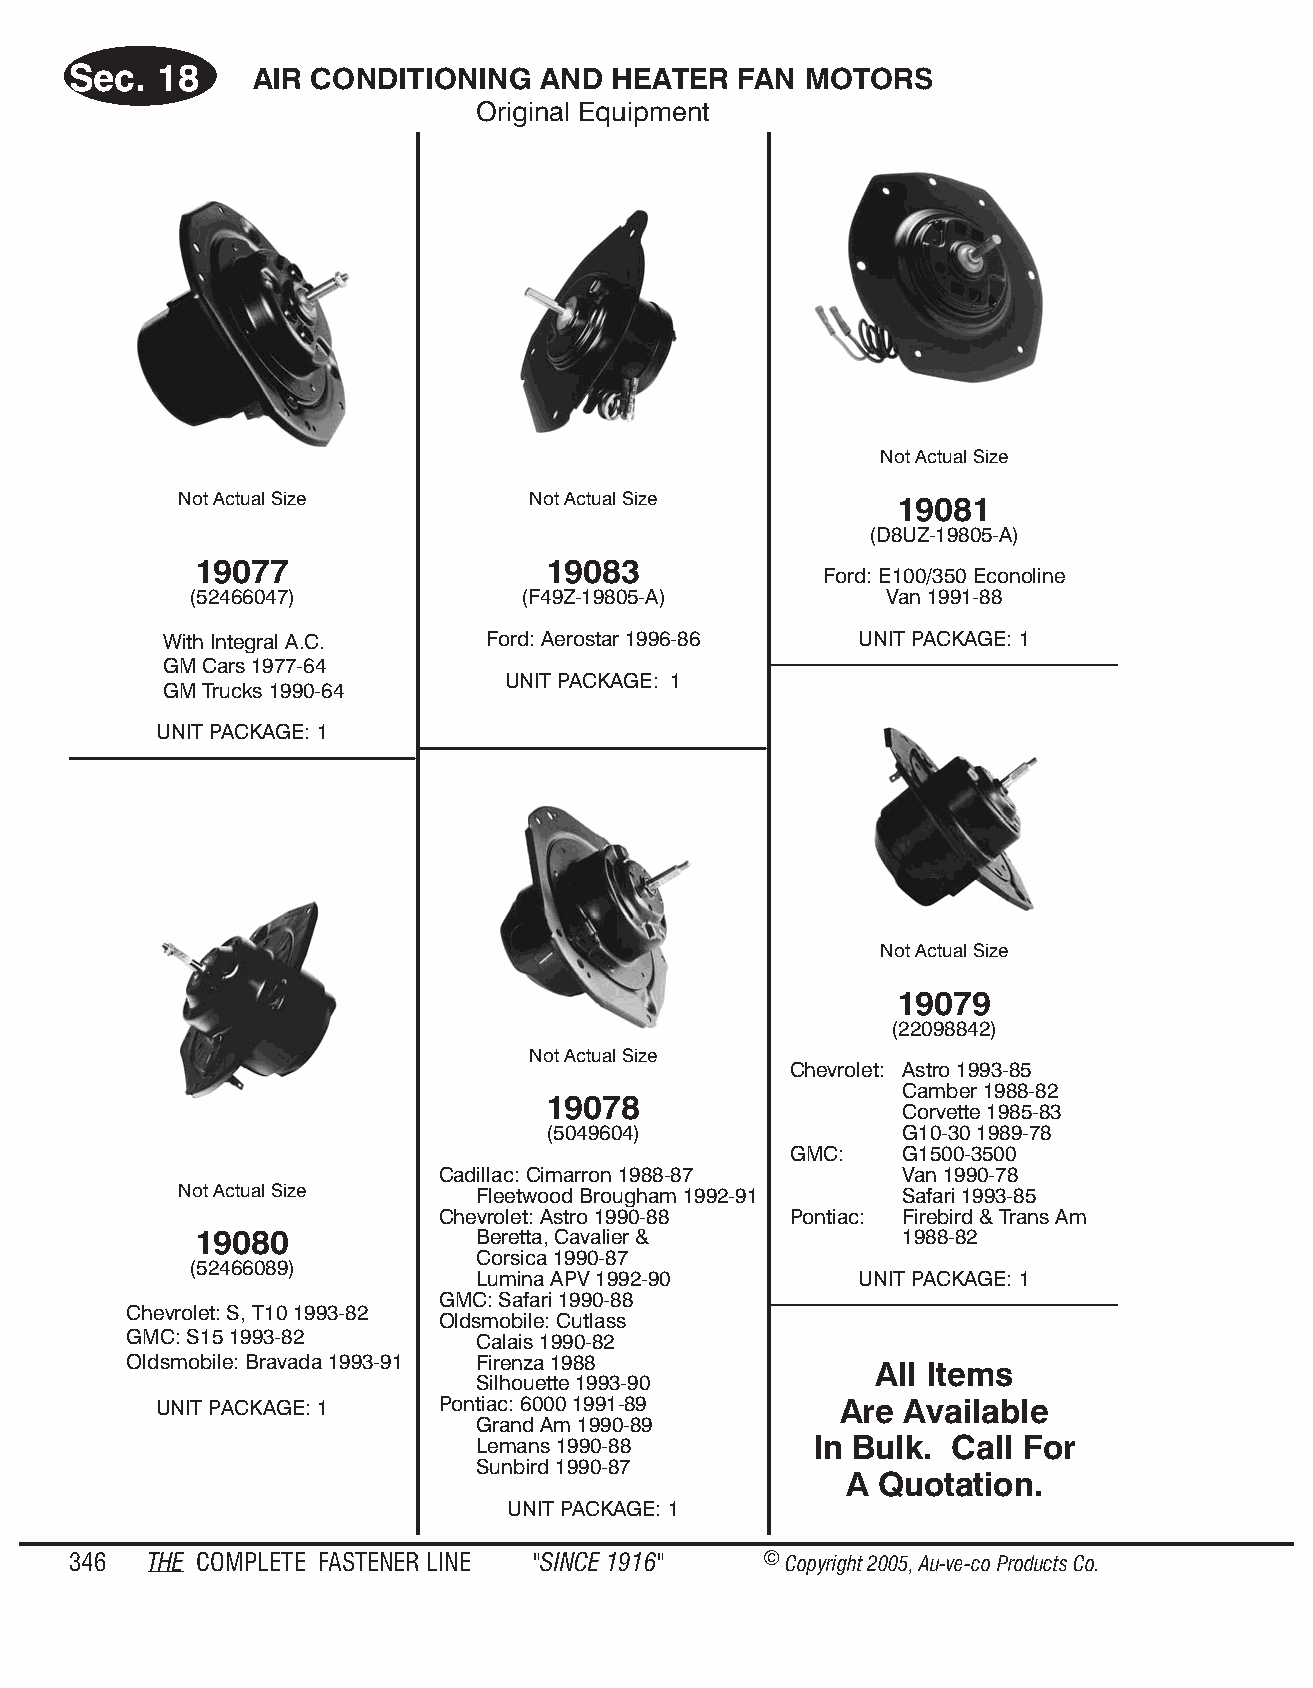
Sec.  18    AIR CON DI TION ING AND HEATER  FAN MO  TORS
 Orig i nal Equip ment
 Not Ac tual Size
 Not Ac tual Size       Not Ac tual Size         19081
 (D8UZ-19805-A)
 19077                  19083
 Ford: E100/350 Econoline
 (52466047)            (F49Z-19805-A)          Van 1991-88
 With Integral A.C.   Ford: Aerostar 1996-86   UNIT PACKAGE: 1
 GM Cars 1977-64
 UNIT PACKAGE: 1
 GM Trucks 1990-64
 UNIT PACKAGE: 1
 Not Ac tual Size
 19079
 (22098842)
 Not Ac tual Size
 Chevrolet: Astro 1993-85
 Camber 1988-82
 19078
 Corvette 1985-83
 (5049604)               G10-30 1989-78
 GMC:    G1500-3500
 Cadillac: Cimarron 1988-87     Van 1990-78
 Not Ac tual Size    Fleetwood Brougham 1992-91  Safari 1993-85
 Chevrolet: Astro 1990-88 Pontiac: Firebird & Trans Am
 19080              Beretta, Cavalier &         1988-82
 Corsica 1990-87
 (52466089)
 Lumina APV 1992-90       UNIT PACKAGE: 1
 GMC: Safari 1990-88
 Chevrolet: S, T10 1993-82
 Oldsmobile: Cutlass
 GMC: S15 1993-82       Calais 1990-82
 Oldsmobile: Bravada 1993-91 Firenza 1988
 All Items
 Silhouette 1993-90
 UNIT PACKAGE: 1   Pontiac: 6000 1991-89      Are Availa ble
 Grand Am 1990-89
 Lemans 1990-88        In Bulk. Call For
 Sunbird 1990-87
 A Quo  ta tion.
 UNIT PACKAGE: 1
 346  THE COM PLETE FAST ENER LINE "SINCE 1916" © Copyr ight 2005, Au-ve-co Produ cts Co.